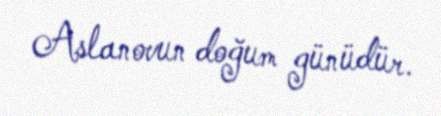
Aslanovun doğum günüdür.